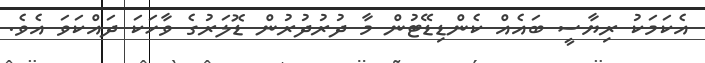
އެކަމަކު ރިޔާސީ ބައެއް ކެންޑިޑޭޓުން މާ ދުރުދުރުން ޑޮލަރުގެ ވާހަކަ ދައްކަވަ އެވެ.